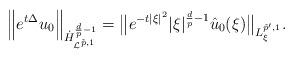
LaTeX: \begin{align*}\Big\|e^{t\Delta}u_0\Big\|_{\dot{H}^{\frac{d}{p} - 1}_{\mathcal{L}^{\tilde p,1}}} =\big\|e^{-t\left| \xi \right|^2}|\xi|^{\frac{d}{p} - 1}\hat u_0(\xi)\big\|_{L^{\tilde p', 1}_\xi}.\end{align*}